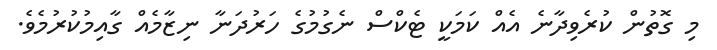
މި ގޮތުން ކުރެވިދާނެ އެއް ކަމަކީ ޓެކްސް ނެގުމުގެ ހަރުދަނާ ނިޒާމެއް ގާއިމުކުރުމެވެ.